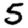
Digit: 5